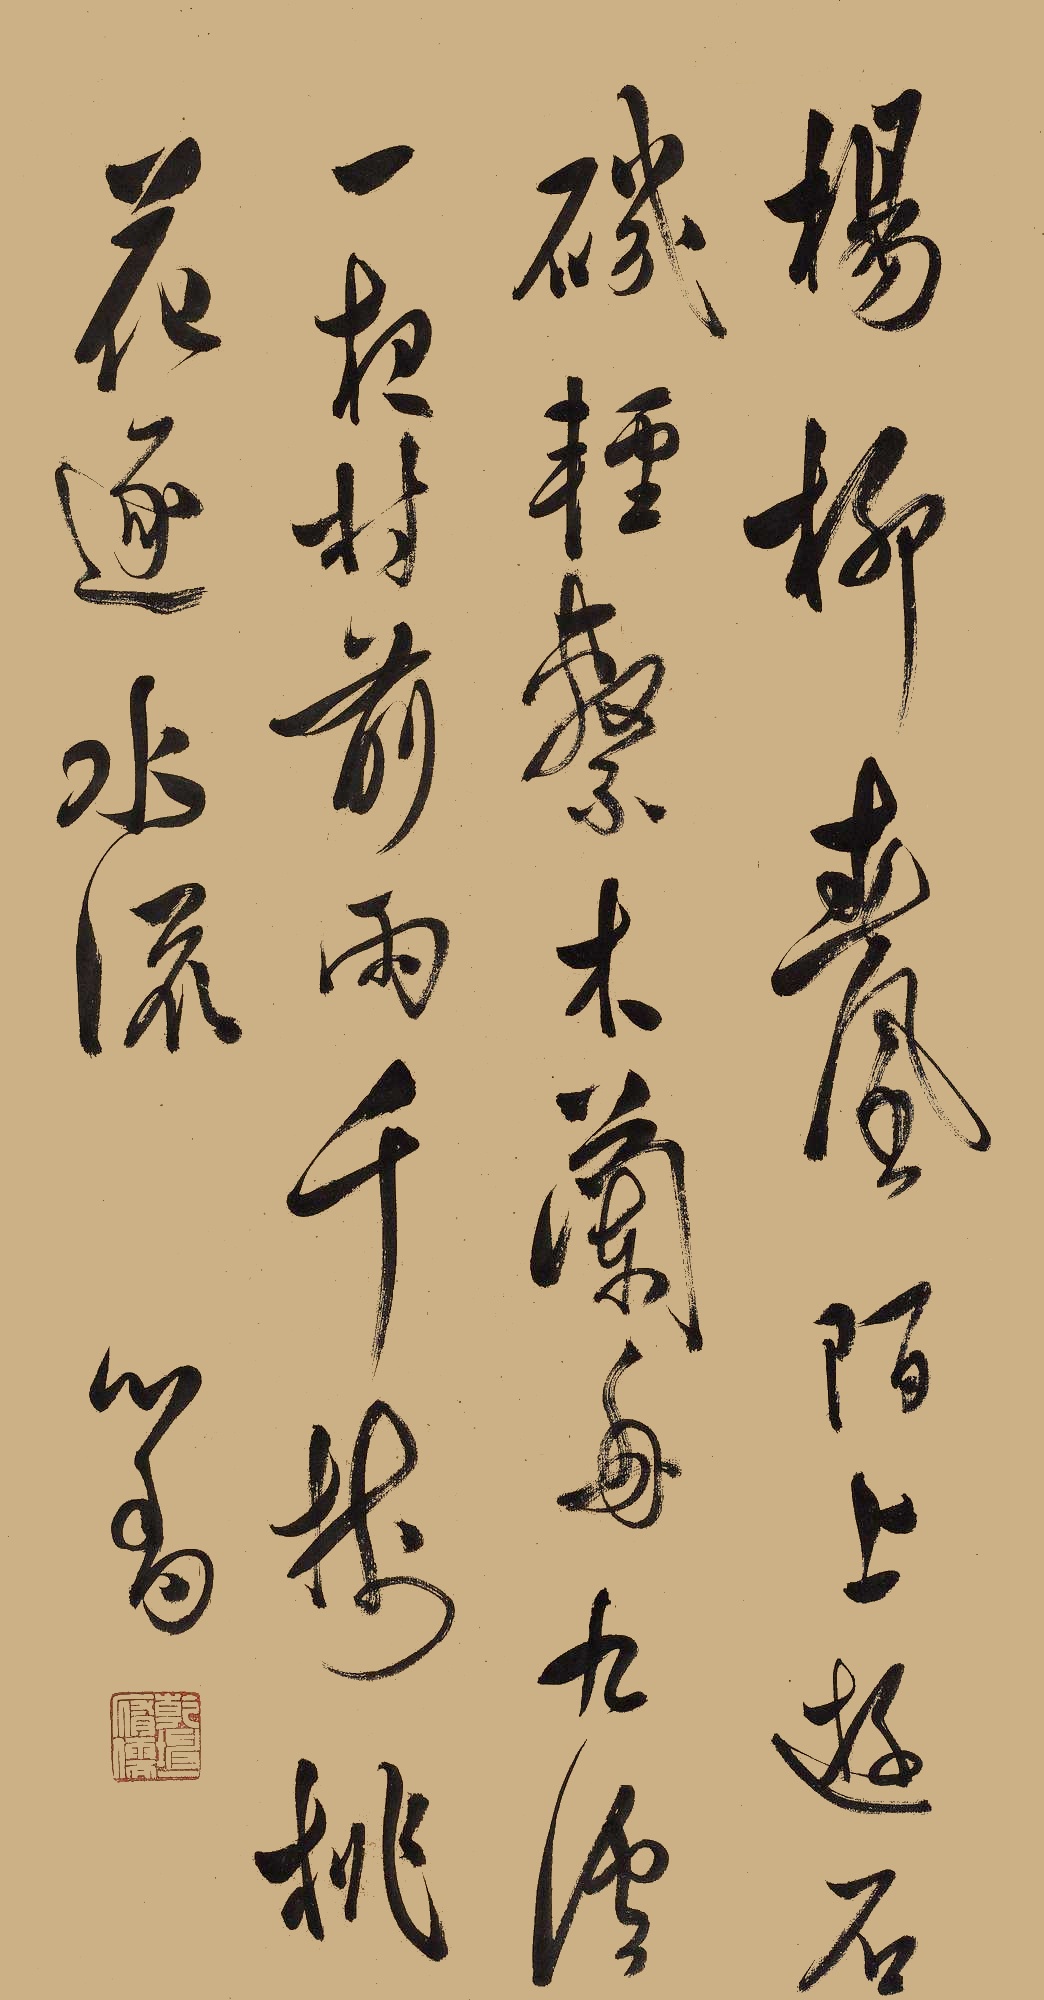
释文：杨柳春风陌上游，石矶轻系木兰舟。九溪一夜村前雨，千树桃花逐水流。心畬。